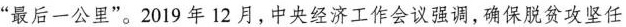
”最后一公里”。2019年12月，中央经济工作会议强调，确保脱贫攻坚任